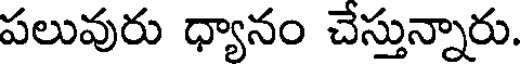
పలువురు ధ్యానం చేస్తున్నారు.